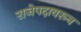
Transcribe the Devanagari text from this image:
राजेपदावरून